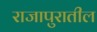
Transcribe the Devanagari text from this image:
राजापुरातील